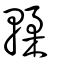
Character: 輮